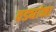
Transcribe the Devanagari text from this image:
वड्यांना